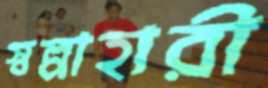
স্বল্পাহারী